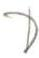
D